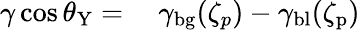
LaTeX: \begin{array}{rl}{\gamma\cos\theta_{\mathrm{Y}}=}&{{}\ \gamma_{\mathrm{bg}}(\zeta_{p})-\gamma_{\mathrm{bl}}(\zeta_{\mathrm{p}})}\end{array}